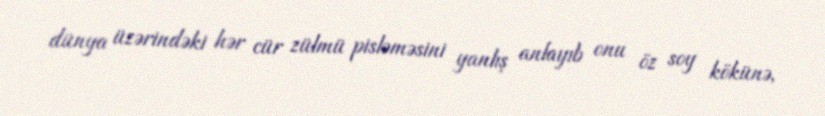
dünya üzərindəki hər cür zülmü pisləməsini yanlış anlayıb onu öz soy kökünə,